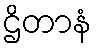
ဌိတာနံ